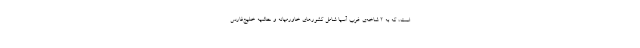
است، که به ۲ شاخه‌ی غرب آسیا شامل کشورهای خاورمیانه و حاشیه خلیج‌فارس